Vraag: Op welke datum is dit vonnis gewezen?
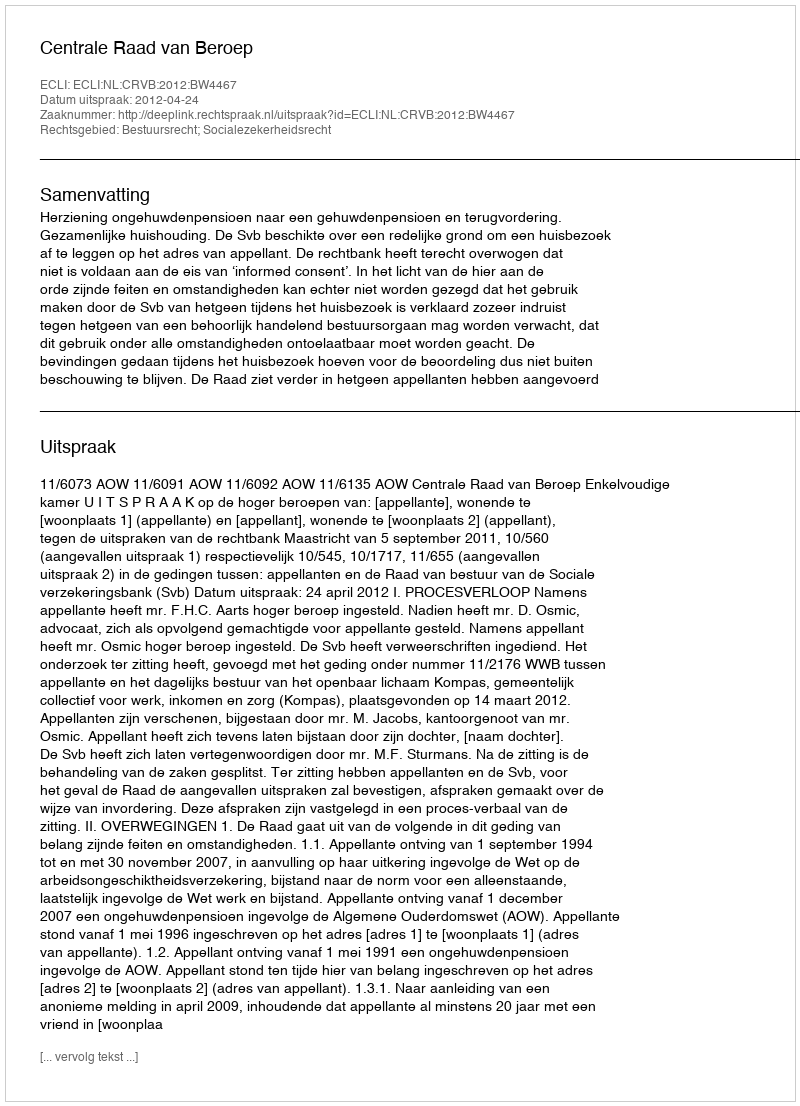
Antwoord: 2012-04-24